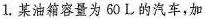
1. 某油箱容量为60L的汽车，加